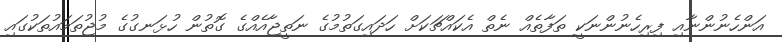
އަންހެނުންނާއި ފިރިހެނުންނަކީ ތަފާތެއް ނެތް އެކައްޗަކަށް ހަދައިގަތުމުގެ ނަތީޖާއެއްގެ ގޮތުން ހުޅަނގުގެ މުޖުތަމައުތަކުގައި